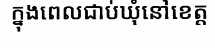
ក្នុងពេលជាប់ឃុំនៅខេត្ត